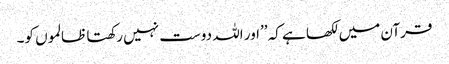
قرآن میں لکھا ہے کہ ’’اور اللہ دوست نہیں رکھتا ظالموں کو۔